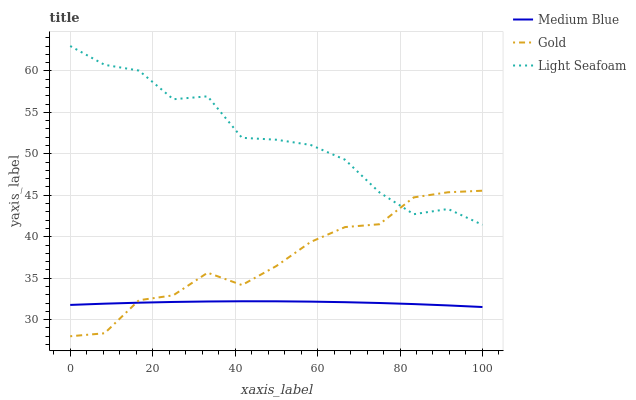
| xaxis_label | Medium Blue | Gold | Light Seafoam |
 | --- | --- | --- | --- |
 | 0 | 31.8 | 28 | 63 |
 | 8.33 | 31.9 | 28.4 | 60.7 |
 | 16.7 | 32 | 32.3 | 60 |
 | 25 | 32.1 | 32.9 | 56.6 |
 | 33.3 | 32.2 | 35.7 | 56.9 |
 | 41.7 | 32.2 | 34.2 | 51.9 |
 | 50 | 32.2 | 36.5 | 51.7 |
 | 58.3 | 32.2 | 39.4 | 51.1 |
 | 66.7 | 32.1 | 41.2 | 49.3 |
 | 75 | 32 | 41.5 | 45.4 |
 | 83.3 | 31.9 | 44.7 | 42.7 |
 | 91.7 | 31.7 | 45.4 | 43.3 |
 | 100 | 31.5 | 45.5 | 41.4 |